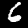
Digit: 6